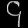
Digit: ၄